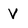
Character: V